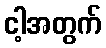
ငါ့အတွက်